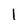
Character: I